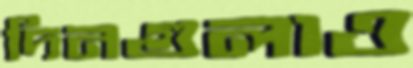
দিনগুলাও